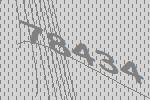
78434